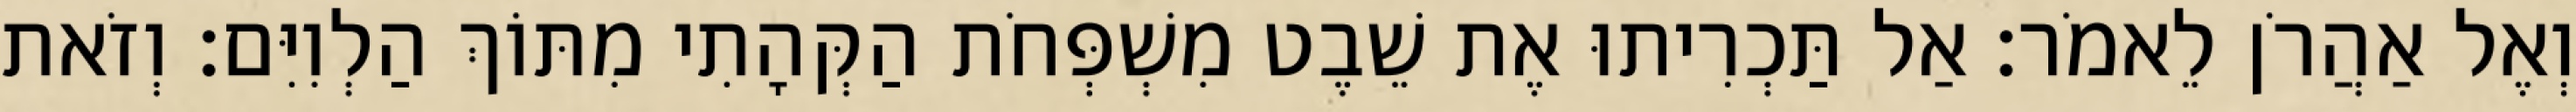
וְאֶל אַהֲרֹן לֵאמֹר׃ אַל תַּכְרִיתוּ אֶת שֵׁבֶט מִשְׁפְּחֹת הַקְּהָתִי מִתּוֹךְ הַלְוִיִּם׃ וְזֹאת